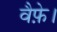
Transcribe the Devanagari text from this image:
वैफ़े।